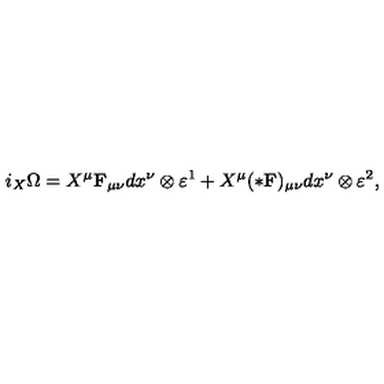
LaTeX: i _ { X } \Omega = X ^ { \mu } { \bf F } _ { \mu \nu } d x ^ { \nu } \otimes \varepsilon ^ { 1 } + X ^ { \mu } ( * { \bf F } ) _ { \mu \nu } d x ^ { \nu } \otimes \varepsilon ^ { 2 } , \